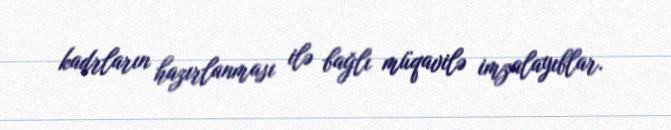
kadrların hazırlanması ilə bağlı müqavilə imzalayıblar.